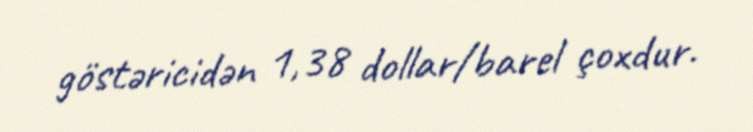
göstəricidən 1,38 dollar/barel çoxdur.